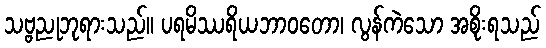
သဗ္ဗညုဘုရားသည်။ ပရမိဿရိယဘာဝတော၊ လွန်ကဲသော အစိုးရသည်